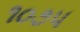
૧૦૭૫